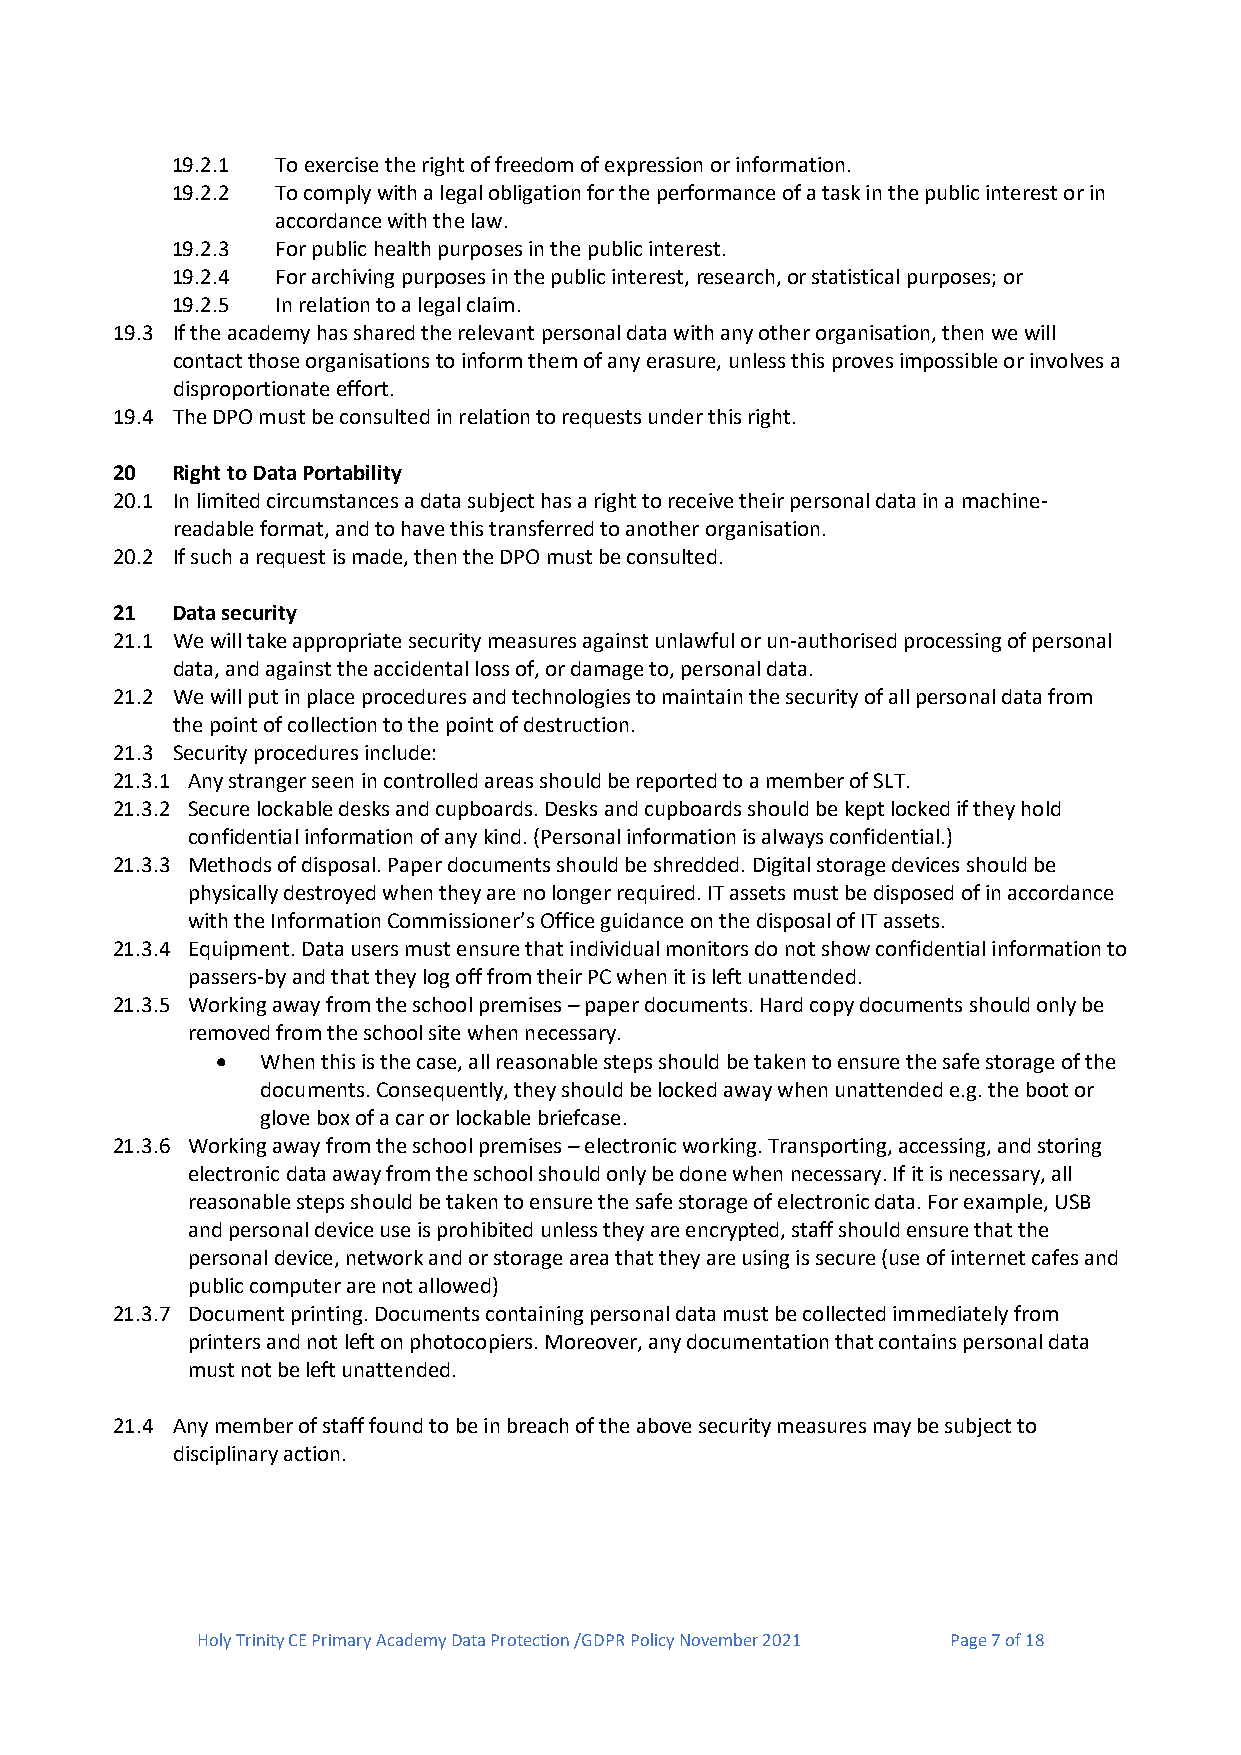
19.2.1 To exercise the right of freedom of expression or information.
 19.2.2 To comply with a legal obligation for the performance of a task in the public interest or in
 accordance with the law.
 19.2.3 For public health purposes in the public interest.
 19.2.4 For archiving purposes in the public interest, research, or statistical purposes; or
 19.2.5 In relation to a legal claim.
 19.3 If the academy has shared the relevant personal data with any other organisation, then we will
 contact those organisations to inform them of any erasure, unless this proves impossible or involves a
 disproportionate effort.
 19.4 The DPO must be consulted in relation to requests under this right.
 20  Right to Data Portability
 20.1 In limited circumstances a data subject has a right to receive their personal data in a machine-
 readable format, and to have this transferred to another organisation.
 20.2 If such a request is made, then the DPO must be consulted.
 21  Data security
 21.1 We will take appropriate security measures against unlawful or un-authorised processing of personal
 data, and against the accidental loss of, or damage to, personal data.
 21.2 We will put in place procedures and technologies to maintain the security of all personal data from
 the point of collection to the point of destruction.
 21.3 Security procedures include:
 21.3.1 Any stranger seen in controlled areas should be reported to a member of SLT.
 21.3.2 Secure lockable desks and cupboards. Desks and cupboards should be kept locked if they hold
 confidential information of any kind. (Personal information is always confidential.)
 21.3.3 Methods of disposal. Paper documents should be shredded. Digital storage devices should be
 physically destroyed when they are no longer required. IT assets must be disposed of in accordance
 with the Information Commissioner’s Office guidance on the disposal of IT assets.
 21.3.4 Equipment. Data users must ensure that individual monitors do not show confidential information to
 passers-by and that they log off from their PC when it is left unattended.
 21.3.5 Working away from the school premises – paper documents. Hard copy documents should only be
 removed from the school site when necessary.
   When this is the case, all reasonable steps should be taken to ensure the safe storage of the
 documents. Consequently, they should be locked away when unattended e.g. the boot or
 glove box of a car or lockable briefcase.
 21.3.6 Working away from the school premises – electronic working. Transporting, accessing, and storing
 electronic data away from the school should only be done when necessary. If it is necessary, all
 reasonable steps should be taken to ensure the safe storage of electronic data. For example, USB
 and personal device use is prohibited unless they are encrypted, staff should ensure that the
 personal device, network and or storage area that they are using is secure (use of internet cafes and
 public computer are not allowed)
 21.3.7 Document printing. Documents containing personal data must be collected immediately from
 printers and not left on photocopiers. Moreover, any documentation that contains personal data
 must not be left unattended.
 21.4 Any member of staff found to be in breach of the above security measures may be subject to
 disciplinary action.
 Holy Trinity CE Primary Academy Data Protection /GDPR Policy November 2021 Page 7 of 18